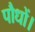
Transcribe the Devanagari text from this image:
पौधों।